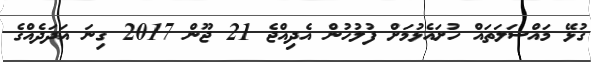
ގުޅޭ މައްސަލަތައް ހުށައެޅުމަށް ފުލުހުން އެދިއްޖެ 21 ޖޫން 2017 ގިނަ އަދަދެއްގެ